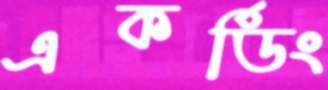
একর্ডিং